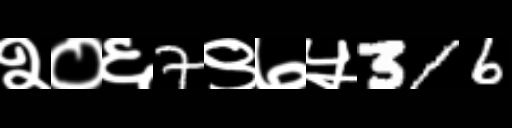
Text: २०६7९७५316